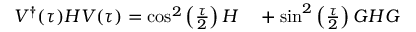
\begin{array} { r l } { V ^ { \dagger } ( \tau ) H V ( \tau ) = \cos ^ { 2 } \left( \frac { \tau } { 2 } \right) H } & { { } + \sin ^ { 2 } \left( \frac { \tau } { 2 } \right) G H G } \end{array}